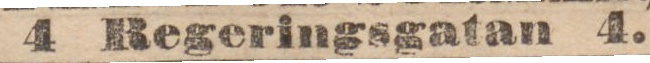
4 Regeringsgatan 4.